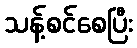
သန့်စင်စေပြီး